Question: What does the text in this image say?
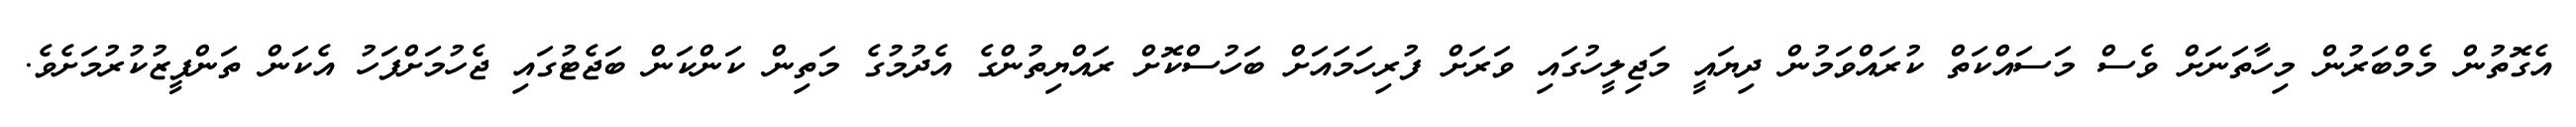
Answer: އެގޮތުން މެމްބަރުން މިހާތަނަށް ވެސް މަސައްކަތް ކުރައްވަމުން ދިޔައީ މަޖިލީހުގައި ވަރަށް ފުރިހަމައަށް ބަހުސްކޮށް ރައްޔިތުންގެ އެދުމުގެ މަތިން ކަންކަން ބަޖެޓުގައި ޖެހުމަށްފަހު އެކަން ތަންފީޒުކުރުމަށެވެ.